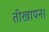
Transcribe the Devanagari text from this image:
तीखापन।